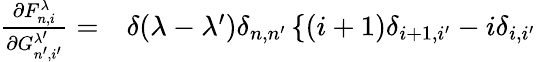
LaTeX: \begin{array}{rl}{\frac{\partial F_{n,i}^{\lambda}}{\partial G_{n^{\prime},i^{\prime}}^{\lambda^{\prime}}}=}&{{}\delta(\lambda-\lambda^{\prime})\delta_{n,n^{\prime}}\left\lbrace(i+1)\delta_{i+1,i^{\prime}}-i\delta_{i,i^{\prime}}\right.}\end{array}